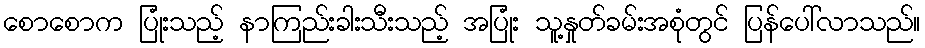
စောစောက ပြုံးသည့် နာကြည်းခါးသီးသည့် အပြုံး သူ့နှုတ်ခမ်းအစုံတွင် ပြန်ပေါ်လာသည်။